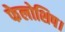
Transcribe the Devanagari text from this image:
फेलोशिप।